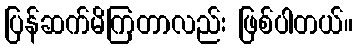
ပြန်ဆက်မိကြတာလည်း ဖြစ်ပါတယ်။